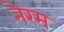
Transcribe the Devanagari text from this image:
नेरम